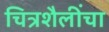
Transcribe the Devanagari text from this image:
चित्रशैलींचा